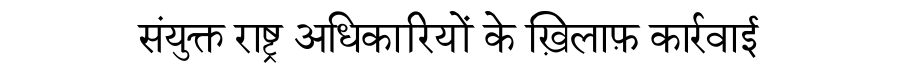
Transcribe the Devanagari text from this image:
संयुक्त राष्ट्र अधिकारियों के ख़िलाफ़ कार्रवाई